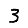
Digit: 3